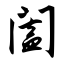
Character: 阖